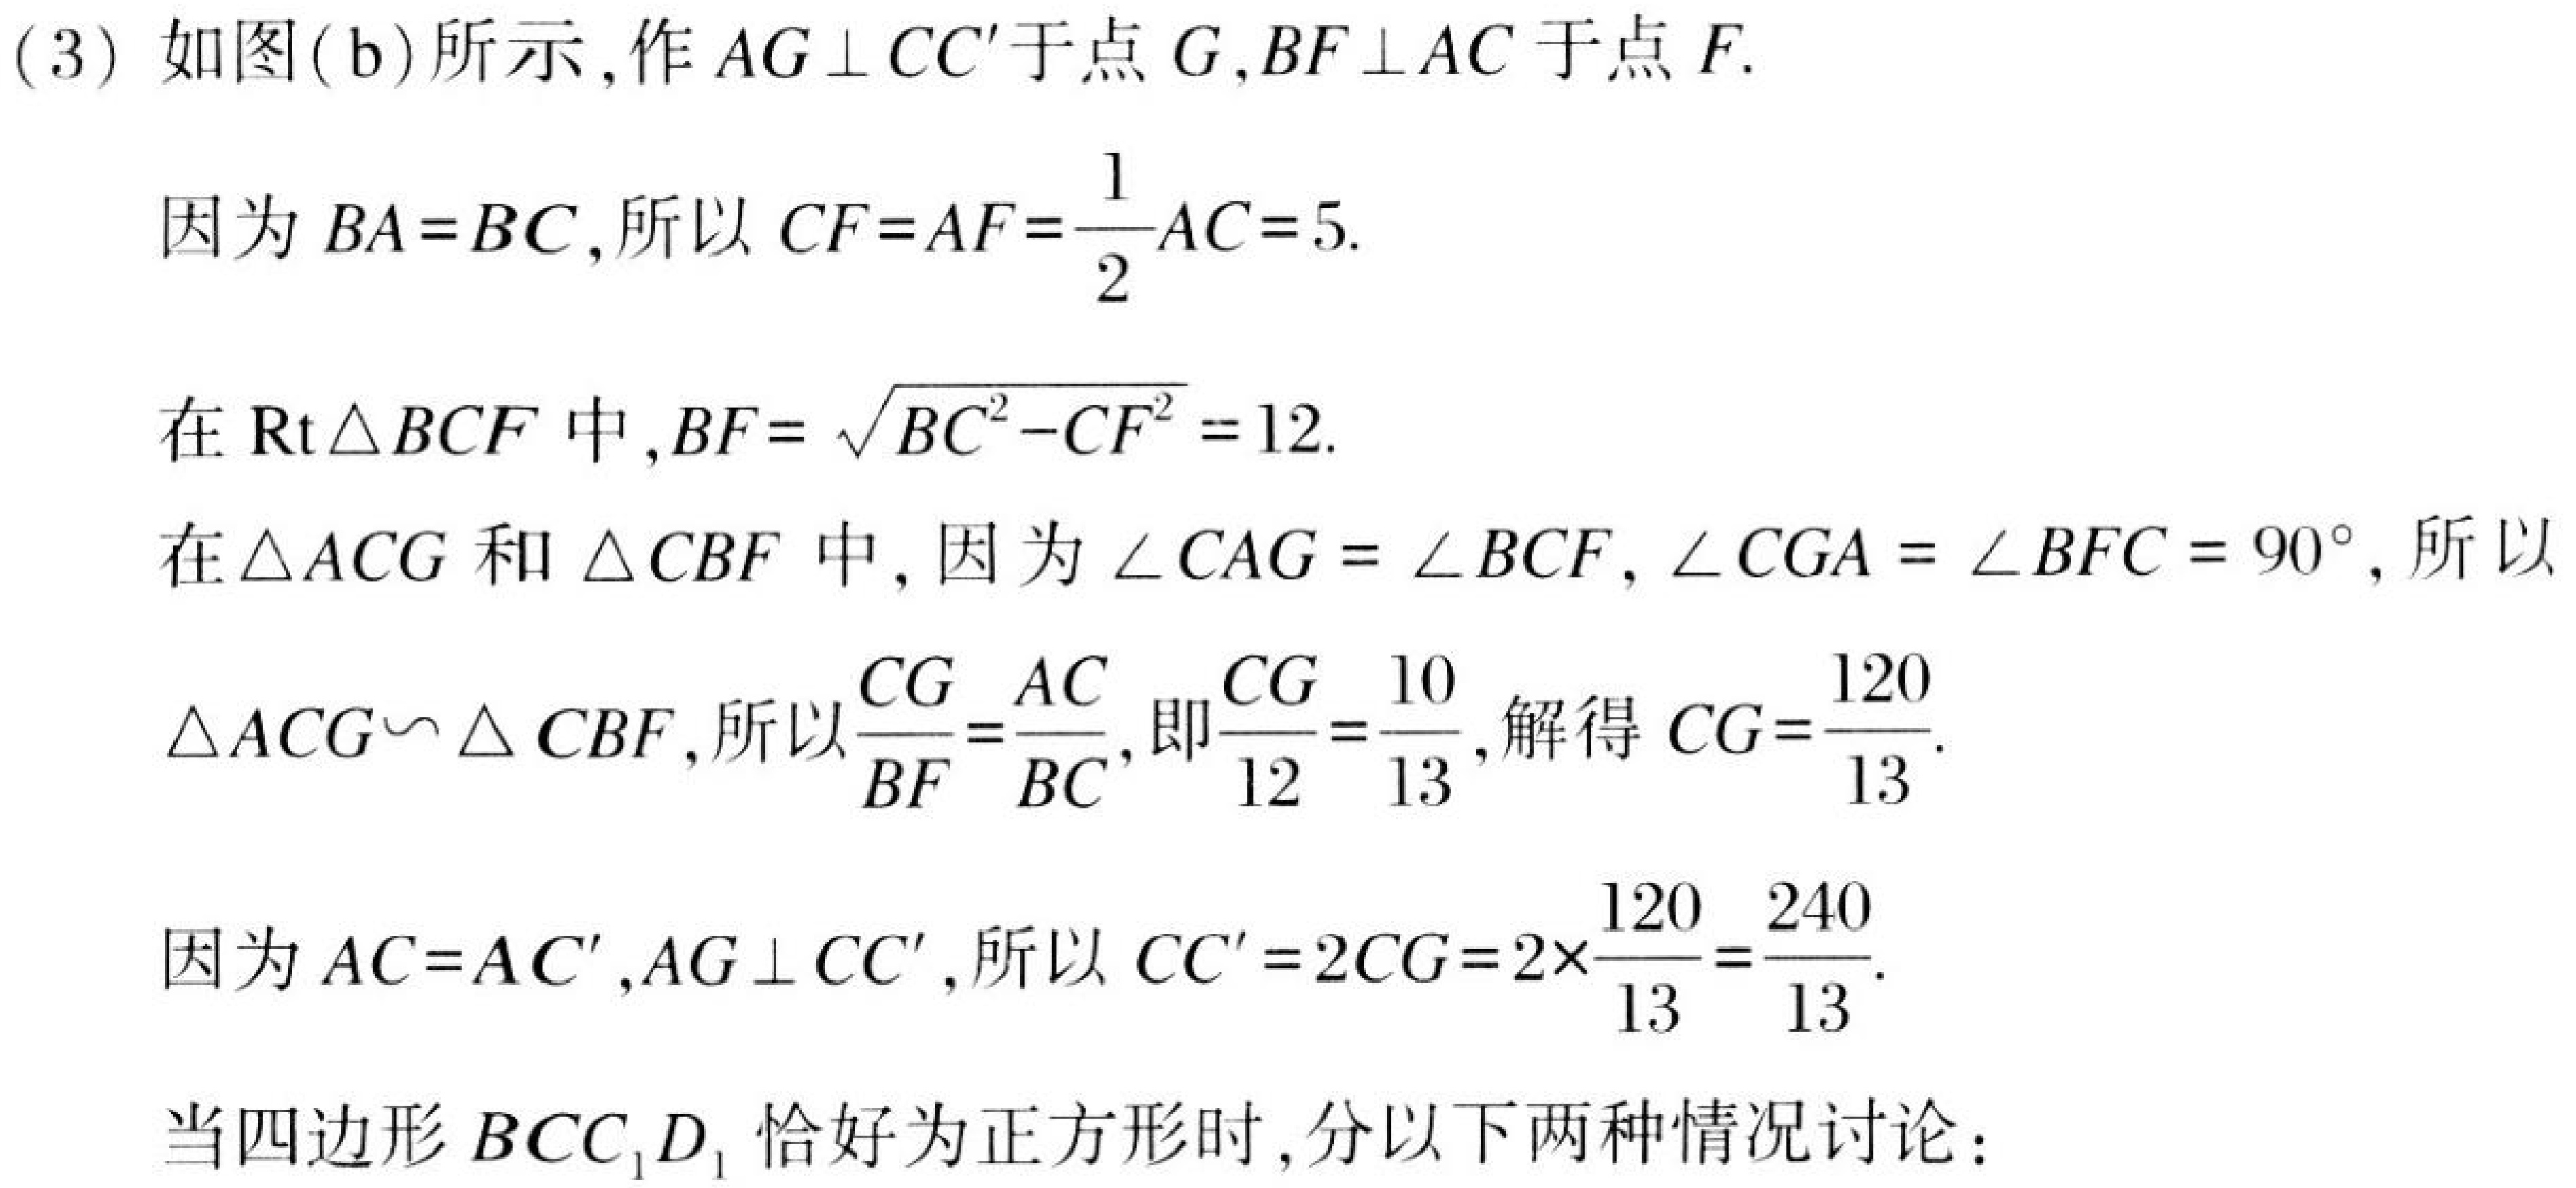
(3) 如图(b)所示,作 \(AG\perp CC'\)于点 \(G\),\(BF\perp AC\)于点 \(F\).
因为 \(BA = BC\),所以 \(CF = AF=\frac{1}{2}AC = 5\).
在 \(\text{Rt}\triangle BCF\)中,\(BF = \sqrt{BC^{2}-CF^{2}} = 12\).
在 \(\triangle ACG\)和 \(\triangle CBF\)中, 因为 \(\angle CAG=\angle BCF\),\(\angle CGA=\angle BFC = 90^{\circ}\), 所以
\(\triangle ACG\backsim\triangle CBF\),所以 \(\frac{CG}{BF}=\frac{AC}{BC}\),即\(\frac{CG}{12}=\frac{10}{13}\),解得 \(CG=\frac{120}{13}\).
因为 \(AC = AC'\),\(AG\perp CC'\),所以 \(CC' = 2CG=2\times\frac{120}{13}=\frac{240}{13}\).
当四边形 \(BCC_{1}D_{1}\)恰好为正方形时,分以下两种情况讨论：